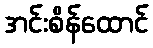
အင်းစိန်ထောင်